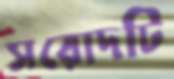
সরোদটি